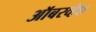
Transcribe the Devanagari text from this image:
ऑबरव्हेश